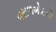
વરાળબોટની